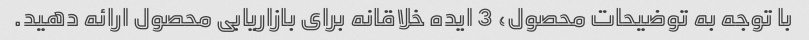
با توجه به توضیحات محصول، 3 ایده خلاقانه برای بازاریابی محصول ارائه دهید.